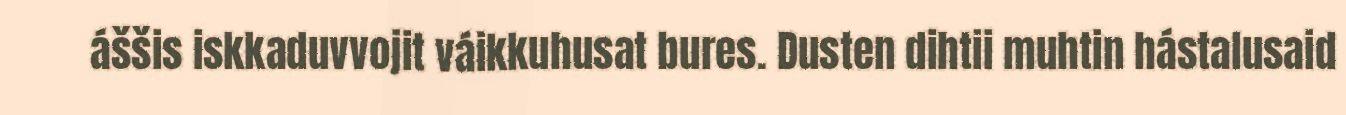
áššis iskkaduvvojit váikkuhusat bures. Dusten dihtii muhtin hástalusaid